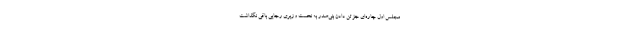
مجلس اول چاره‌ای جز تن دادن بنی‌صدر به نخست وزیری رجایی باقی نگذاشت